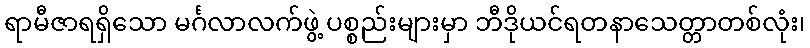
ရာမီဇာရရှိသော မင်္ဂလာလက်ဖွဲ့ ပစ္စည်းများမှာ ဘီဒိုယင်ရတနာသေတ္တာတစ်လုံး၊